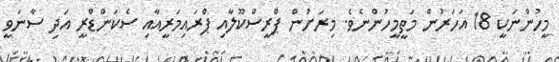
މީހުންނަކީ 18 އަހަރުން މަތީމީހުންނެވެ. މިރަށުން ޕްރީސްކޫލާއި ޕްރައިމަރީއާއި ސެކަންޑްރީ އަދި ސާނަވީ